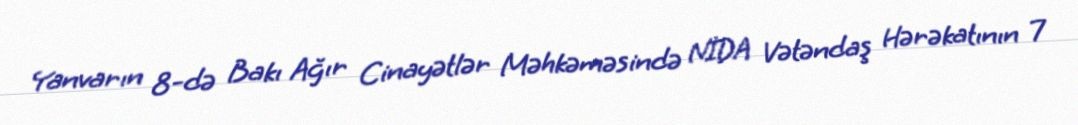
Yanvarın 8-də Bakı Ağır Cinayətlər Məhkəməsində NİDA Vətəndaş Hərəkatının 7